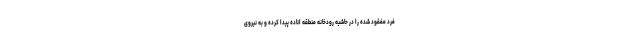
فرد مفقود شده را در حاشیه رودخانه منطقه اناده پیدا کرده و به نیروی